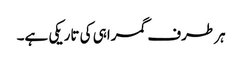
ہر طرف گمراہی کی تاریکی ہے۔